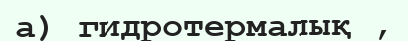
а) гидротермалық ,